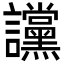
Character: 讜